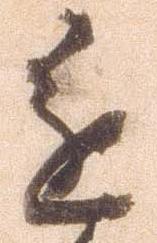
進